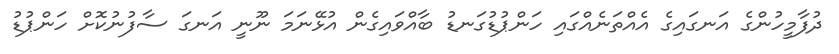
ދުފާމީހުންގެ އަނގައިގެ އެއްތަނެއްގައި ހަންޕުޑުގަނޑު ބާއްވައިގެން އުޅޭނަމަ ނޫނީ އަނގަ ސާފުނުކޮށް ހަންޕުޑު